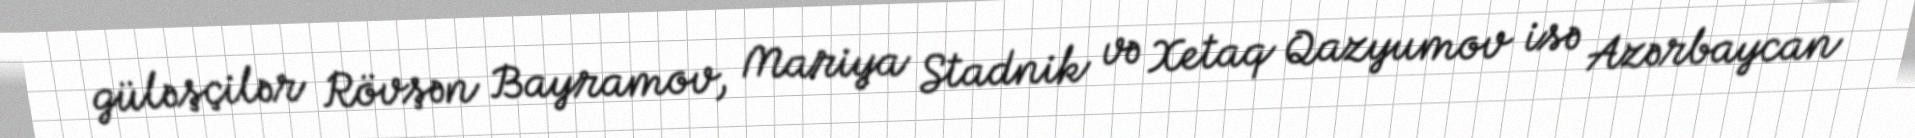
güləşçilər Rövşən Bayramov, Mariya Stadnik və Xetaq Qazyumov isə Azərbaycan